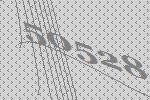
50528